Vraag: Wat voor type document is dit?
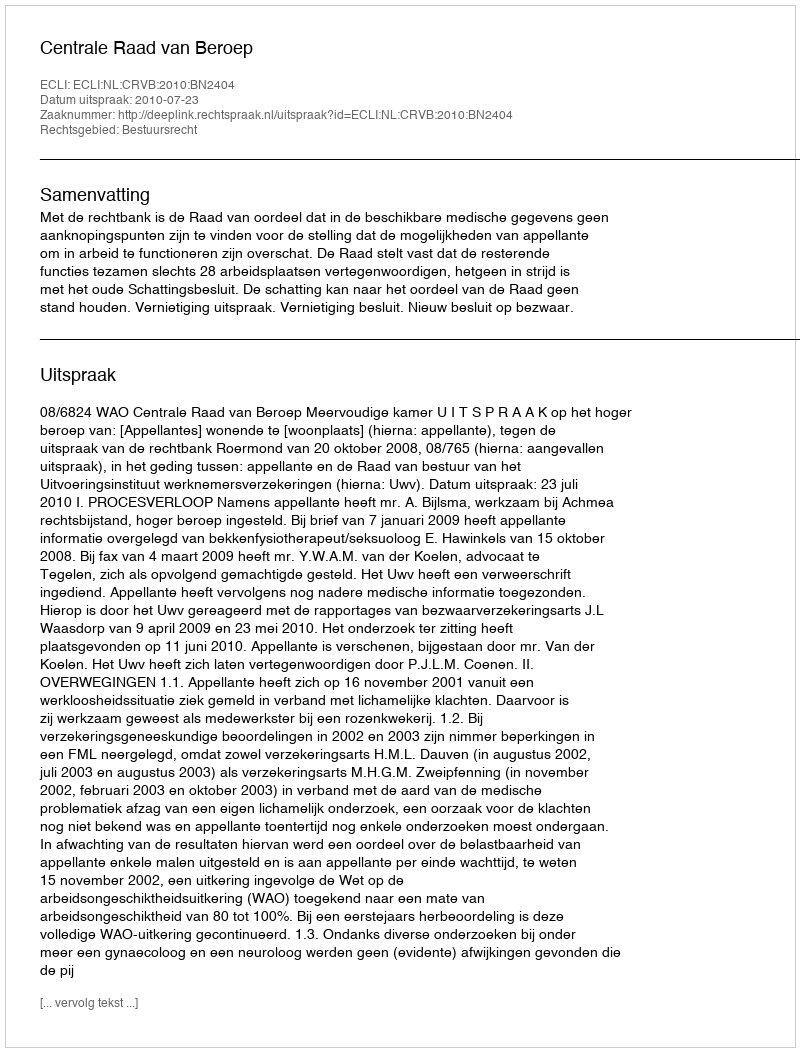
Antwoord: Uitspraak